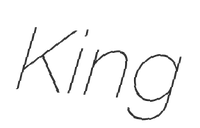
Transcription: King